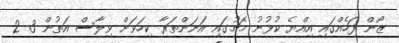
ޒޯން ފަހެއްގައި އިއްޔެ ކުޅުނު މެޗުގައި އަނަންތަރާ ކިހަވަށް ވިލާސް އަތުން 3-2